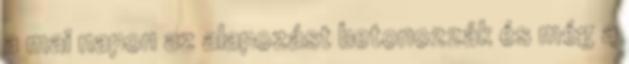
a mai napon az alapozást betonozzák és még a